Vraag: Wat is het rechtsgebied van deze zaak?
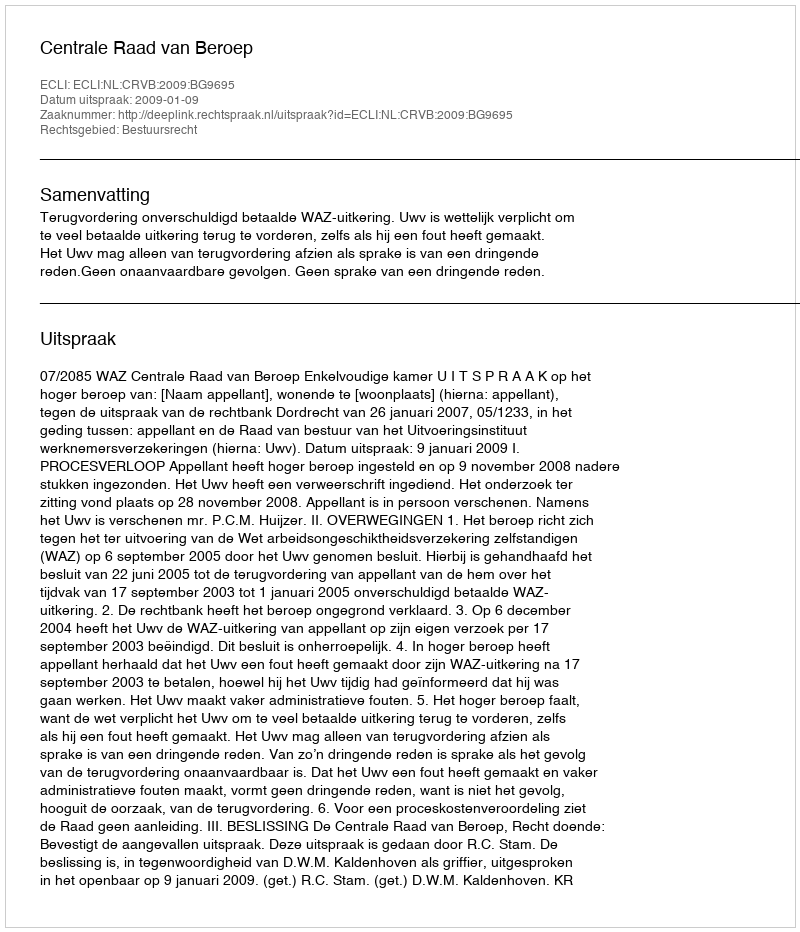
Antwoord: Bestuursrecht